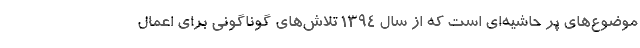
موضوع‌های پر حاشیه‌ای است که از سال ۱۳۹۴ تلاش‌های گوناگونی برای اعمال